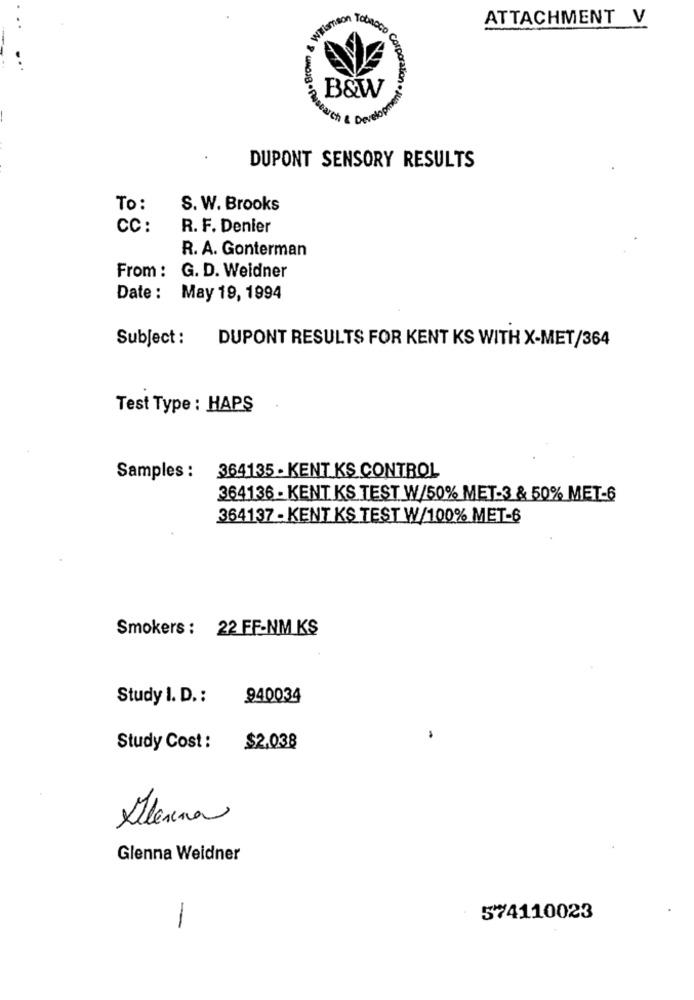
ATTACHMENT V
B&W
Search & Develop
DUPONT SENSORY RESULTS
To:
S. W. Brooks
CC:
R. F. Denier
R. A. Gonterman
From : G. D. Weidner
Date : May 19, 1994
Subject :
DUPONT RESULTS FOR KENT KS WITH X-MET/364
Test Type : HAPS
Samples : 364135 - KENT KS CONTROL
364136 - KENT KS TEST W/50% MET-3 & 50% MET-6
364137 - KENT KS TEST W/100% MET-6
Smokers : 22 FF-NM KS
Study I. D. :
940034
Study Cost :
$2.038
Alerina
Glenna Weidner
574110023
-